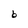
Character: b